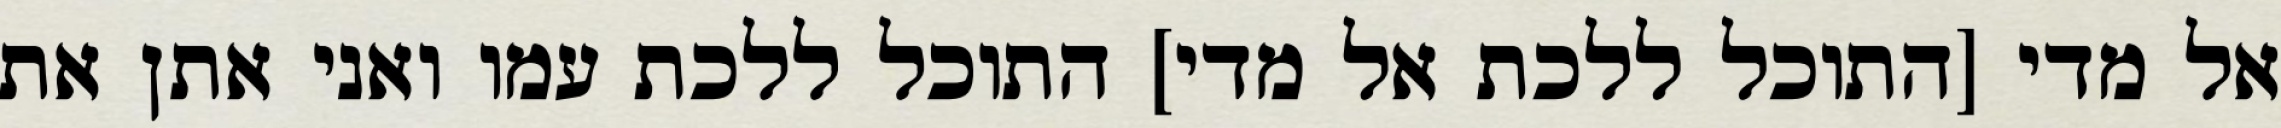
אל מדי [התוכל ללכת אל מדי] התוכל ללכת עמו ואני אתן את